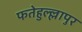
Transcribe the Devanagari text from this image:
फतेहुल्ल्लापुर